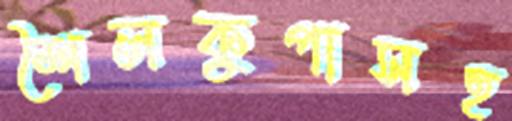
শৈলকুপাসহ